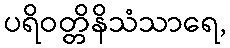
ပရိဝတ္တိနိသံသာရေ,